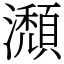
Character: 瀩